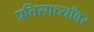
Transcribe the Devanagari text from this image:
प्रतिस्पर्ध्यांवर